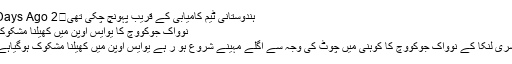
ہندوستانی ٹیم کامیابی کے قریب پہونچ چکی تھی	2 Days Ago
نوواک جوکووچ کا یوایس اوپن میں کھیلنا مشکوک
سری لنکا کے نوواک جوکووچ کا کوہنی میں چوٹ کی وجہ سے اگلے مہینے شروع ہو ر ہے یوایس اوپن میں کھیلنا مشکوک ہوگیاہے۔